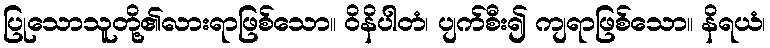
ပြုသောသူတို့၏လားရာဖြစ်သော။ ဝိနိပါတံ၊ ပျက်စီး၍ ကျရာဖြစ်သော။ နိရယံ၊